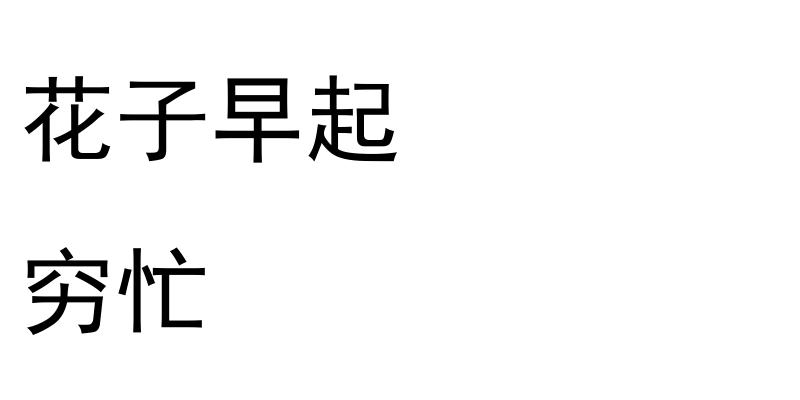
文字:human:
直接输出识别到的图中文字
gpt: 花子早起 穷忙